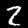
Label: 2